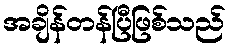
အချိန်တန်ပြီဖြစ်သည်